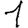
Digit: 1